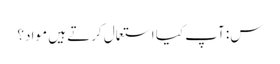
س: آپ کیا استعمال کرتے ہیں مواد؟